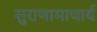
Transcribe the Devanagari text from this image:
सुराणामाचार्य